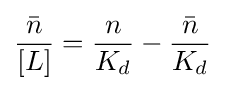
{\frac {\bar {n}}{[L]}}={\frac {n}{K_{d}}}-{\frac {\bar {n}}{K_{d}}}